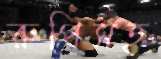
রুপিসহ